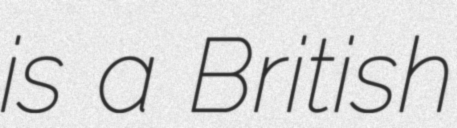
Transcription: is a British